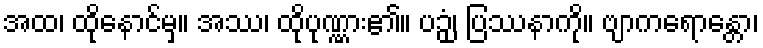
အထ၊ ထိုနောင်မှ။ အဿ၊ ထိုပုဏ္ဏား၏။ ပဉှံ၊ ပြဿနာကို။ ဗျာကရောန္တော၊